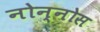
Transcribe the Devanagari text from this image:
नोन्नोस